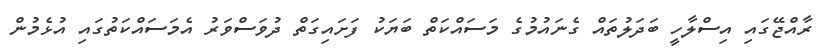
ރާއްޖޭގައި އިސްލާހީ ބަދަލުތައް ގެނައުމުގެ މަސައްކަތް ބަޔަކު ފަށައިގަތް ދުވަސްވަރު އެމަސައްކަތުގައި އުޅެމުން